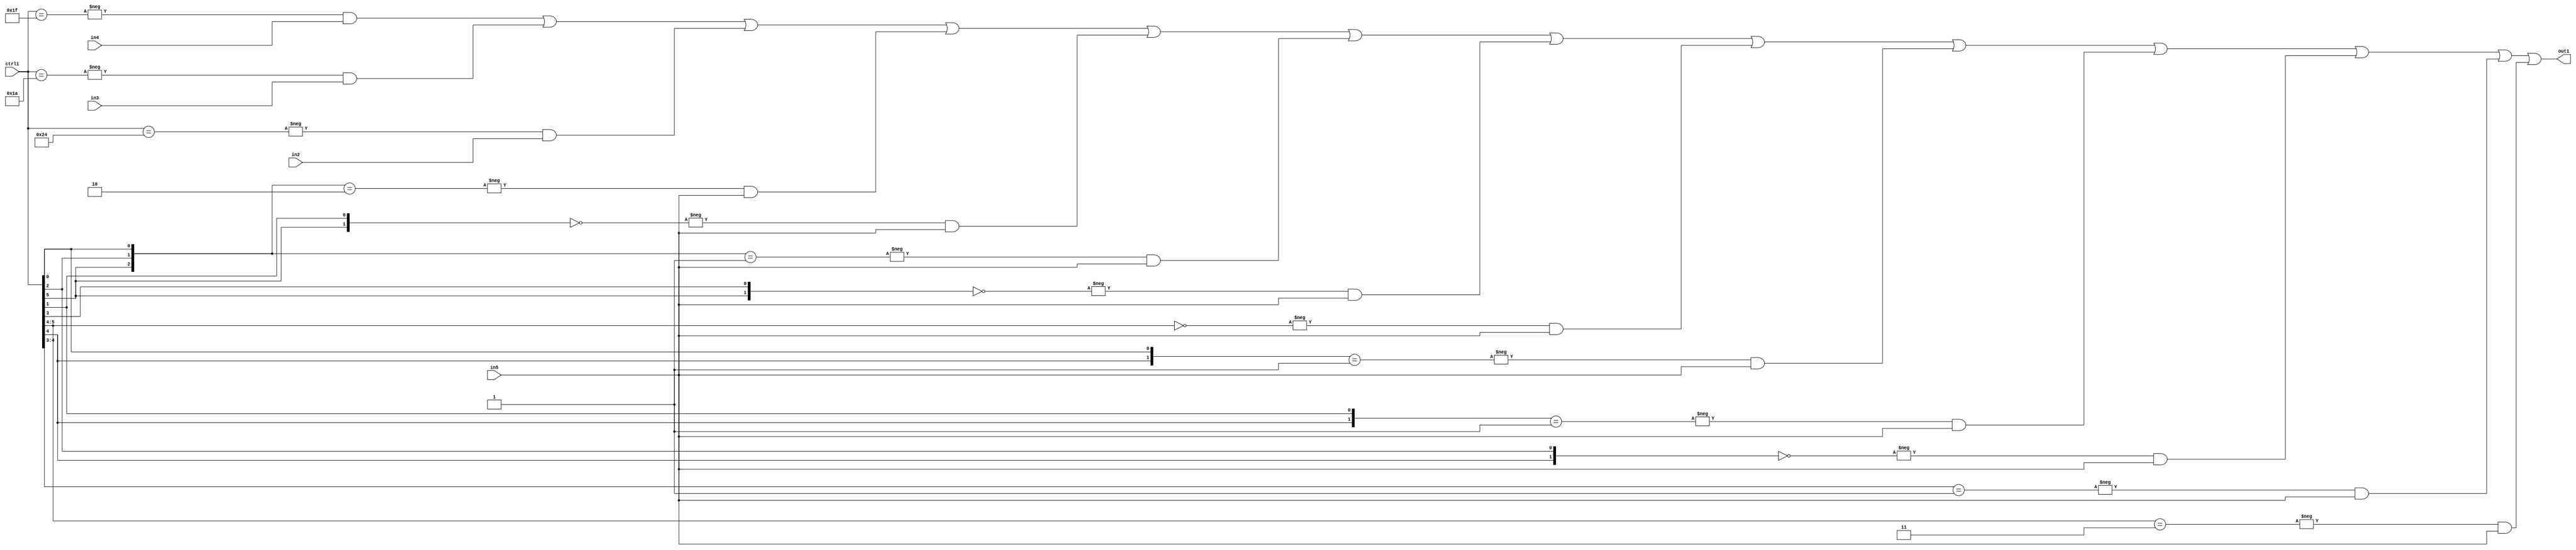
`timescale 1ps / 1ps
/*****************************************************************************
    Verilog RTL Description
    
    
    Created by: Stratus DpOpt 21.05.01 
*******************************************************************************/

module SobelFilter_N_Mux_32_4_24_1 (
	in5,
	in4,
	in3,
	in2,
	ctrl1,
	out1
	); /* architecture "behavioural" */ 
input [31:0] in5;
input [8:0] in4,
	in3,
	in2;
input [5:0] ctrl1;
output [31:0] out1;
wire [31:0] asc001;

assign asc001 = 
	-{ctrl1 == 6'B011111} & in4 |
	-{ctrl1 == 6'B011010} & in3 |
	-{ctrl1 == 6'B100100} & in2 |
	-{{ctrl1[5], ctrl1[2], ctrl1[0]} == 3'B010} & in5 |
	-{{ctrl1[5], ctrl1[1]} == 2'B00} & in5 |
	-{{ctrl1[5], ctrl1[2], ctrl1[0]} == 3'B001} & in5 |
	-{{ctrl1[5], ctrl1[3]} == 2'B00} & in5 |
	-{ctrl1[5:4] == 2'B00} & in5 |
	-{{ctrl1[4], ctrl1[0]} == 2'B01} & in5 |
	-{{ctrl1[4], ctrl1[1]} == 2'B01} & in5 |
	-{{ctrl1[4], ctrl1[2]} == 2'B00} & in5 |
	-{ctrl1[4:3] == 2'B01} & in5 |
	-{ctrl1[5:4] == 2'B11} & in5 ;

assign out1 = asc001;
endmodule

/* CADENCE  vLLyTA0= : u9/ySxbfrwZIxEzHVQQV8Q== ** DO NOT EDIT THIS LINE ******/